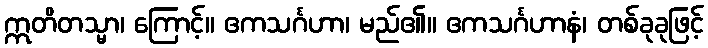
ဣတိတသ္မာ၊ ကြောင့်။ ဧကသင်္ဂဟာ၊ မည်၏။ ဧကသင်္ဂဟာနံ၊ တစ်ခုခုဖြင့်